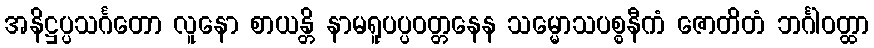
အနိဋ္ဌပ္ပသင်္ဂတော လူနော စာယန္တိ နာမရူပပ္ပဝတ္တနေန သမ္မောသပစ္စနီကံ ဇောတိတံ ဘင်္ဂါဝတ္ထာ